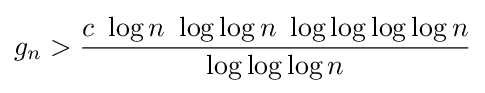
g_{n}>{\frac {c\ \log n\ \log \log n\ \log \log \log \log n}{\log \log \log n}}